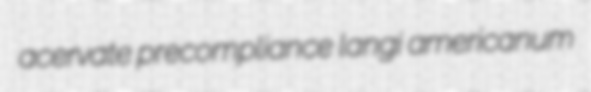
acervate precompliance langi americanum